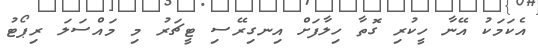
އެކަމަކު އޭނާ ހީކުރި ގޮތާ ހިލާފަށް އިނގިރޭސި ޓީޗަރު މި މައްސަލަ ރިޕޯޓު